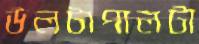
উলটাপালটা